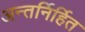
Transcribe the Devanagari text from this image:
अन्तर्निर्हित